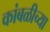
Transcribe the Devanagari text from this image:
कांबळीच्या